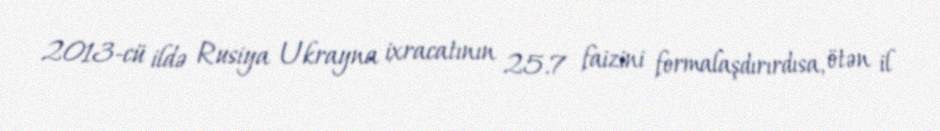
2013-cü ildə Rusiya Ukrayna ixracatının 25.7 faizini formalaşdırırdısa, ötən il